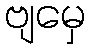
ဗျမှေ